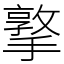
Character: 撉